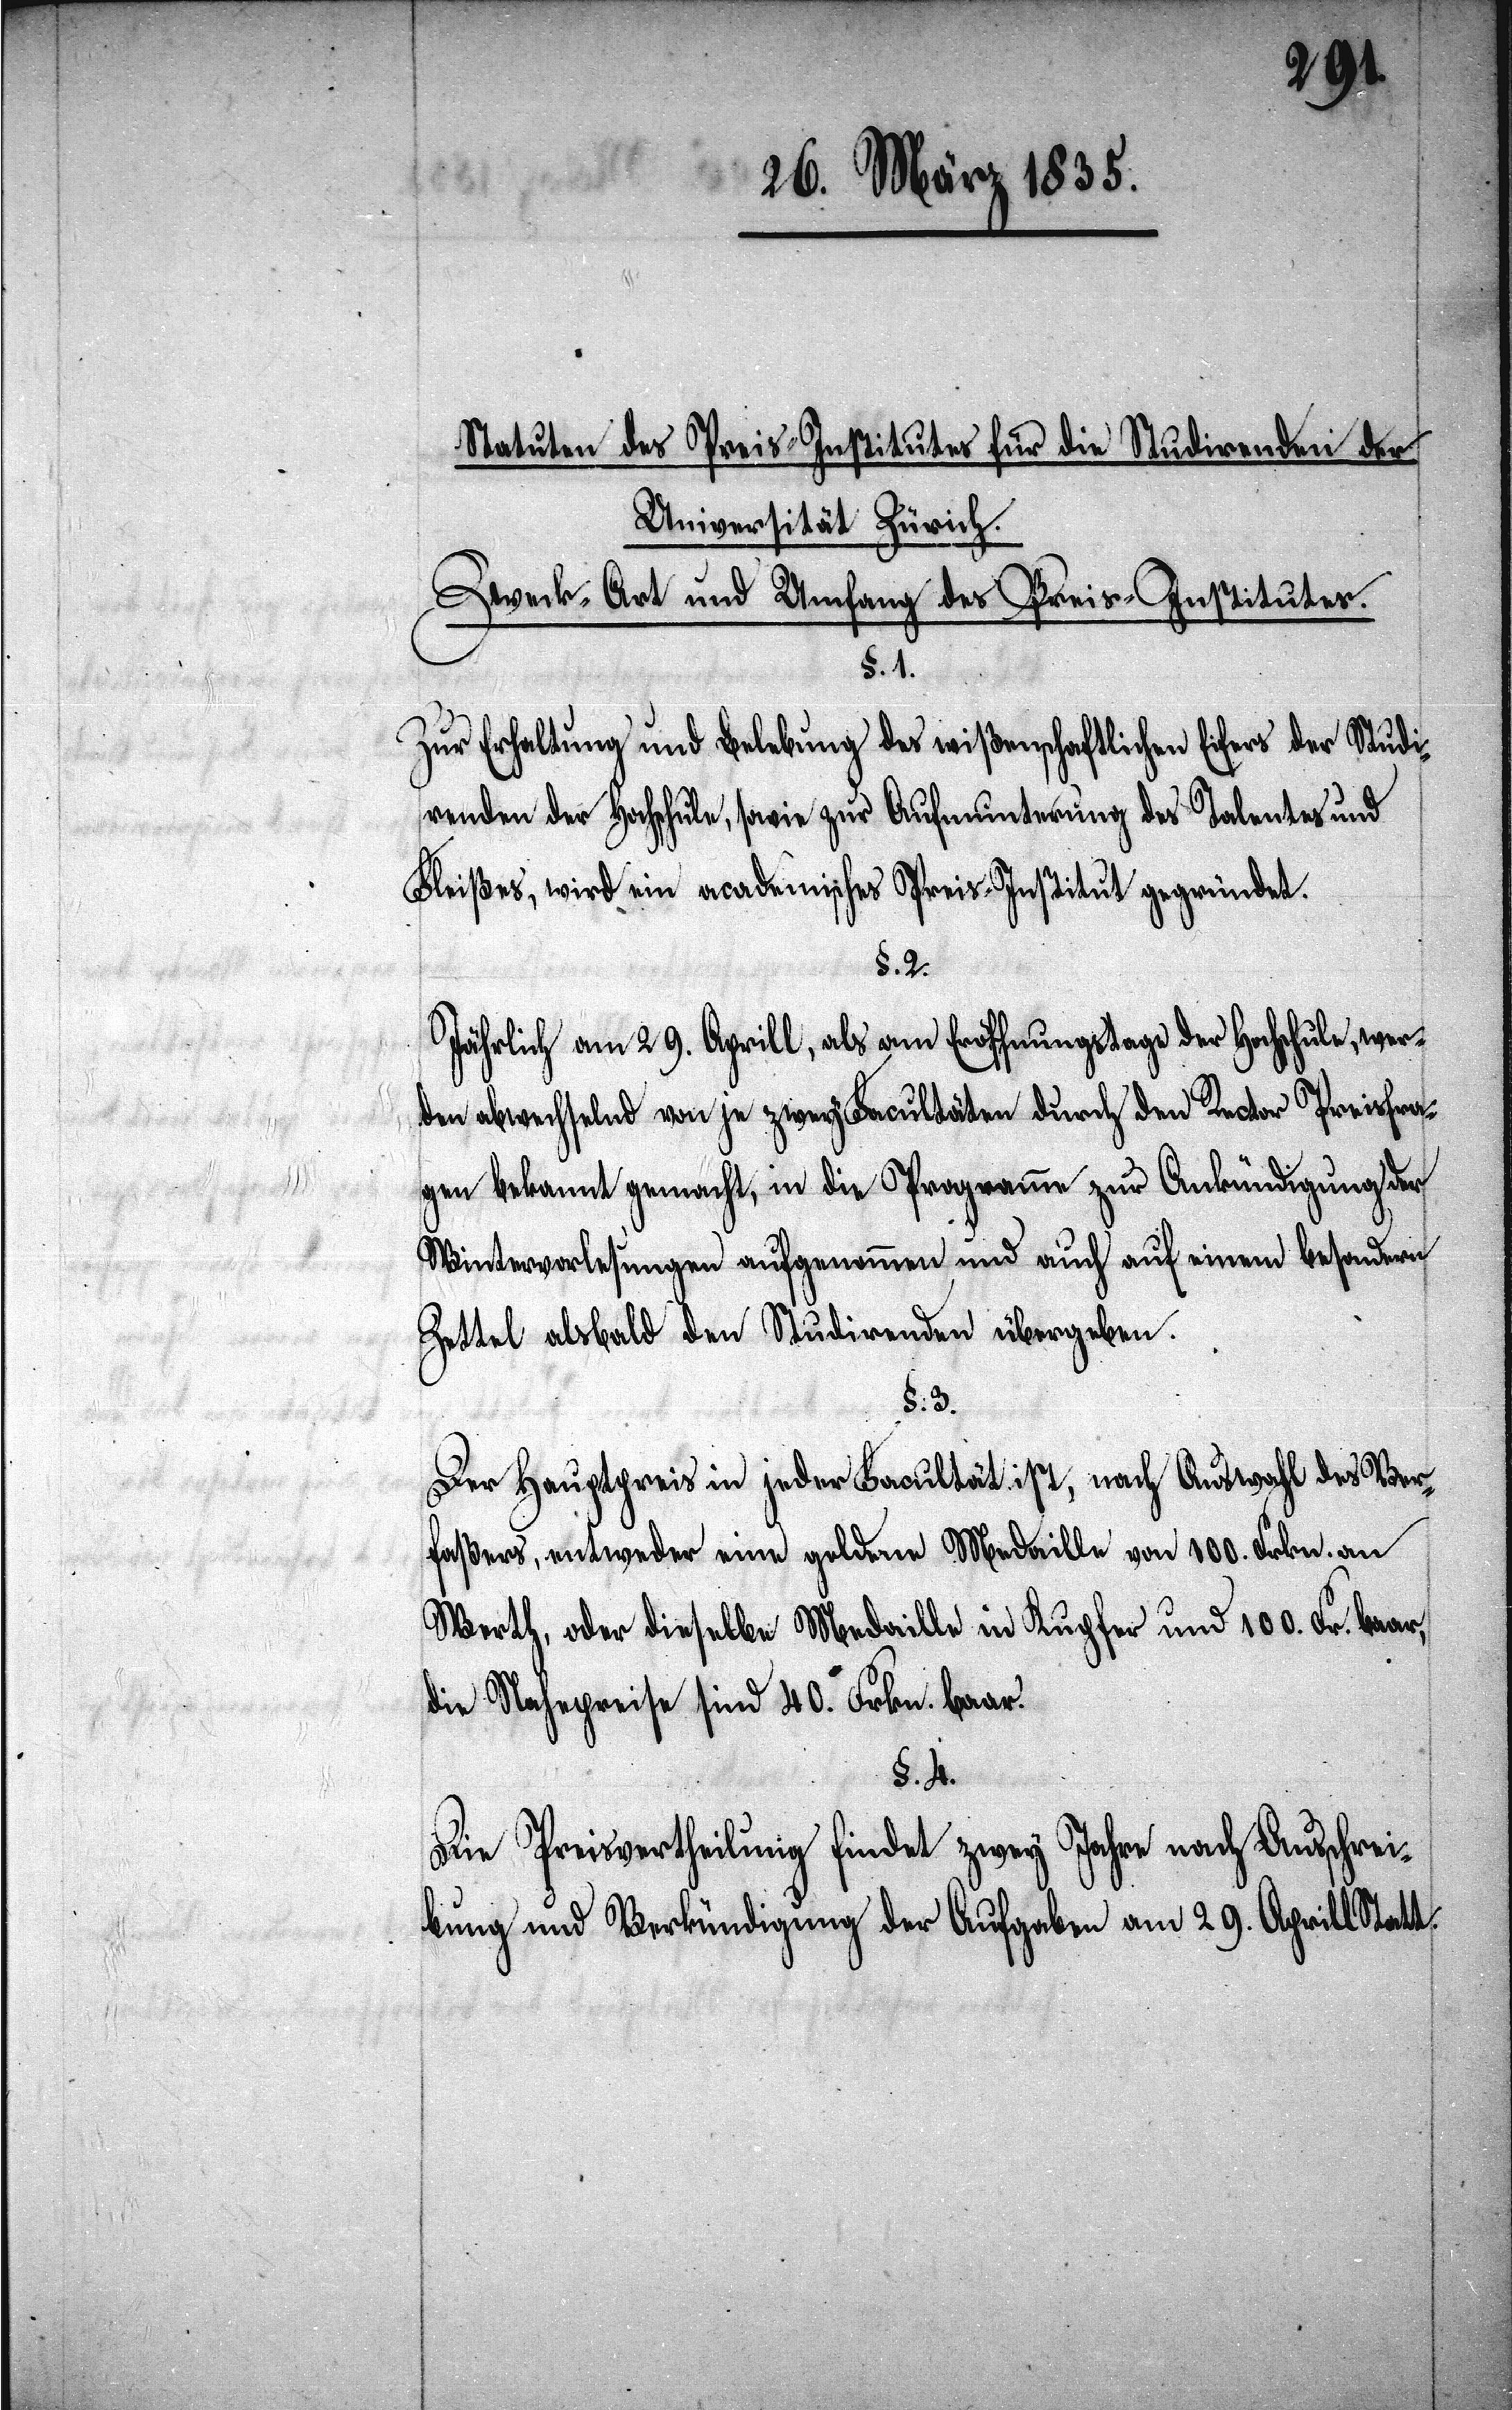
Statuten des Preis-Institutes für die Studirenden der
Universität Zürich.
Zweck- Art und und Umfang des Preis-Institutes.
§. 1.
Zur Erhaltung und Belebung des wißenschaftlichen Eifers der Studi¬
renden der Hochschule, sowie zur Aufmunterung des Talentes und
Fleißes, wird ein academisches Preis-Institut gegründet.
§. 2.
Jährlich am 29. Aprill, als am Eröffnungstage der Hochschule, wer¬
den abwechselnd von je zwey Facultäten durch den Rector Preisfra¬
gen bekannt gemacht, in die Programme zur Ankündigung der
Wintervorlesungen aufgenommen und auch auf einem besondern
Zettel alsbald den Studirenden übergeben.
§. 3.
Der Hauptpreis in jeder Facultät ist, nach Auswahl des Ver¬
faßers, entweder eine goldene Medaille von 100. Frkn. an
Werth, oder dieselbe Medaille in Kupfer und 100. Fr. baar,
die Nahepreise sind 40. Frkn. baar.
§. 4.
Die Preisvertheilung findet zwey Jahre nach Ausschrei¬
bung und Verkündigung der Aufgaben am 29. Aprill Statt.